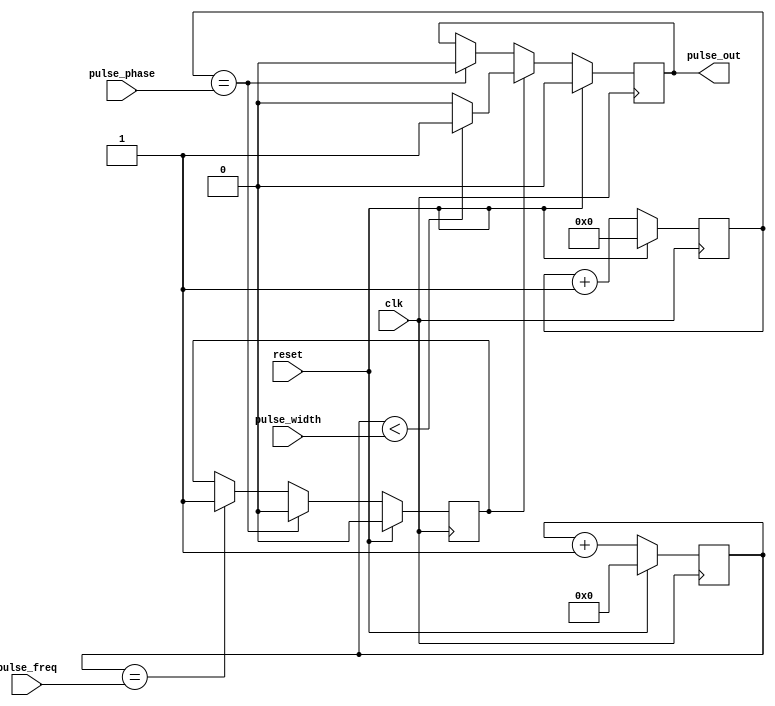
module Programmable_Pulse_Generator (
    input wire clk,
    input wire reset,
    input wire [7:0] pulse_width,
    input wire [11:0] pulse_freq,
    input wire [3:0] pulse_phase,
    output reg pulse_out
);

reg [11:0] counter;
reg [3:0] phase_counter;
reg pulse_enable;

always @(posedge clk) begin
    if (reset) begin
        counter <= 12'd0;
        phase_counter <= 4'd0;
        pulse_out <= 1'b0;
        pulse_enable <= 1'b0;
    end else begin
        if (counter == pulse_freq) begin
            pulse_enable <= 1'b1;
            counter <= 12'd0;
        end
        if (phase_counter == pulse_phase) begin
            pulse_out <= pulse_enable;
            pulse_enable <= 1'b0;
            phase_counter <= 4'd0;
        end
        if (pulse_enable) begin
            if (counter < pulse_width) begin
                pulse_out <= 1'b1;
            end else begin
                pulse_out <= 1'b0;
            end
            counter <= counter + 1;
        end else begin
            counter <= counter + 1;
        end
        phase_counter <= phase_counter + 1;
    end
end

endmodule